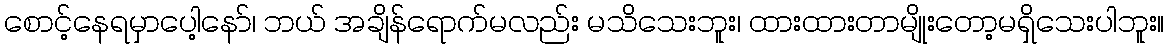
စောင့်နေရမှာပေါ့နော်၊ ဘယ် အချိန်ရောက်မလည်း မသိသေးဘူး၊ ထားထားတာမျိုးတော့မရှိသေးပါဘူး။